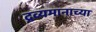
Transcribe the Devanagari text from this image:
द्रव्यमानाच्या